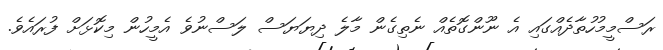
ރަސްމީމުހުތާދެއްގައި އެ ނޫންގޮތެއް ނެތިގެން މާލެ ދިޔަޔަސް ލަސްނުވެ އެމީހުން މިކޮޅަށް ފުރައެވެ.